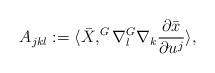
LaTeX: \begin{align*}A_{jkl}:=\langle \bar{X},^{G}\nabla_{l}^{G}\nabla_{k}\frac{\partial \bar{x}}{\partial u^{j}}\rangle, \end{align*}